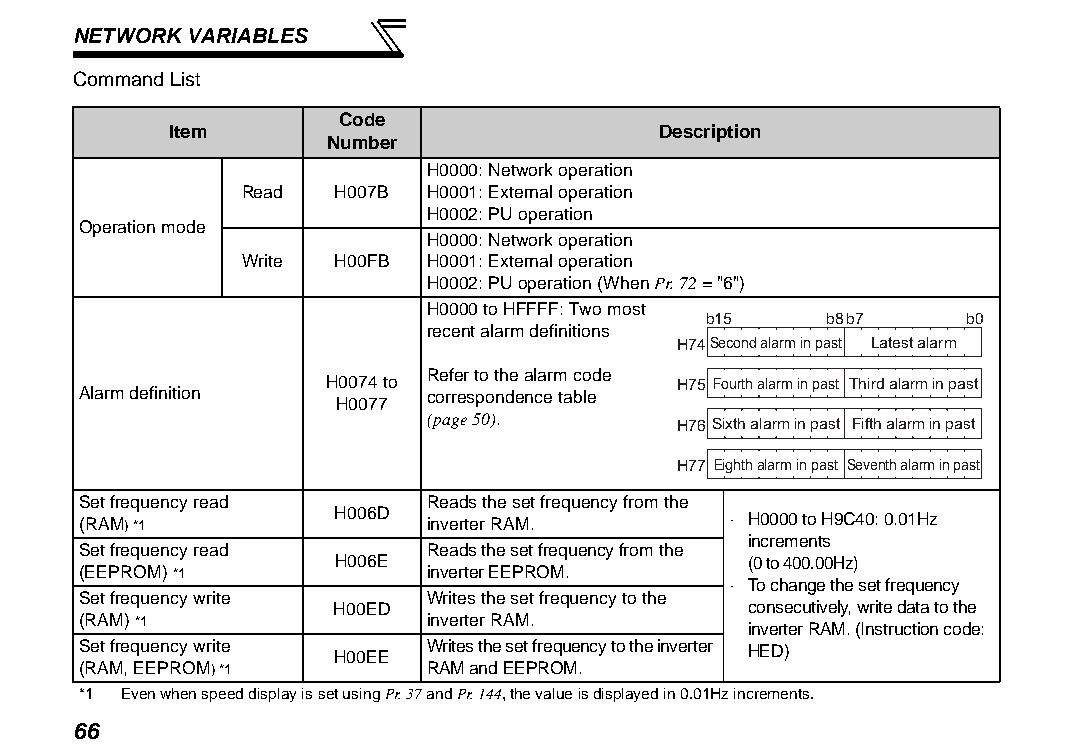
NETWORK VARIABLES
 Command List
 Code
 Item                            Description
 Number
 H0000: Network operation
 Read  H007B H0001: External operation
 H0002: PU operation
 Operation mode
 H0000: Network operation
 Write H00FB H0001: External operation
 H0002: PU operation (When Pr. 72 = "6")
 H0000 to HFFFF: Two most
 b15     b8b7      b0
 recent alarm definitions
 H74Second alarm in past Latest alarm
 Refer to the alarm code
 H0074 to               H75 Fourth alarm in past Third alarm in past
 Alarm definition       correspondence table
 H0077
 (page 50).      H76 Sixth alarm in past Fifth alarm in past
 H77 Eighth alarm in past Seventh alarm in past
 Set frequency read     Reads the set frequency from the
 (RAM) *1         H006D inverter RAM.       ⋅ H0000 to H9C40: 0.01Hz
 increments
 Set frequency read     Reads the set frequency from the
 H006E                      (0 to 400.00Hz)
 (EEPROM) *1            inverter EEPROM.
 ⋅ To change the set frequency
 Set frequency write    Writes the set frequency to the
 H00ED                      consecutively, write data to the
 (RAM) *1               inverter RAM.        inverter RAM. (Instruction code:
 Set frequency write H00EE Writes the set frequency to the inverter HED)
 (RAM, EEPROM) *1       RAM and EEPROM.
 *1 Even when speed display is set using Pr. 37 and Pr. 144, the value is displayed in 0.01Hz increments.
 66